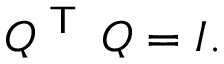
Q ^ { \textsf { T } } \, Q = I .